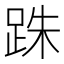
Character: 跦